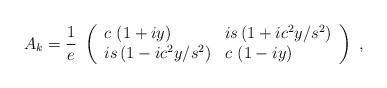
\begin{align*}A_k = \frac{1}{e}\ \left( \begin{array}{ll} c\ (1+iy) & is\, (1+ic^2y/s^2) \\ is\, (1-ic^2y/s^2) & c\ (1-iy) \end{array} \right) \ ,\end{align*}